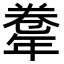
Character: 𢆤